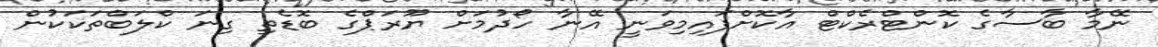
ނޭމާ ބާސާގެ ކޮންޓްރެކްޓް އާކޮށްފައިމިވަނީ އޭނާ ހޯދުމަށް ޔޫރަޕްގެ ބޮޑެތި ގިނަ ކްލަބްތަކަކުން